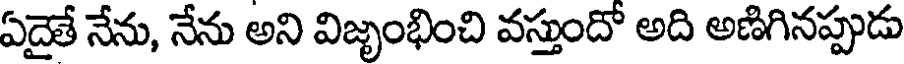
ఏదైతే నేను, నేను అని విజృంభించి వస్తుందో అది అణిగినప్పుడు